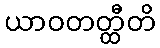
ယာဝတတ္ထီတိ